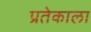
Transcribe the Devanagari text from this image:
प्रतेकाला